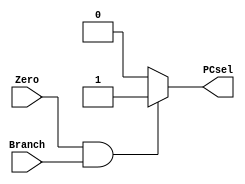
`timescale 1ns / 1ps
//////////////////////////////////////////////////////////////////////////////////
// Company: 
// Engineer: 
// 
// Design Name: 
// Module Name: PCsel
// Project Name: 
// Target Devices: 
// Tool Versions: 
// Description: 
// 
// Dependencies: 
// 
// Revision:
// Revision 0.01 - File Created
// Additional Comments:
// 
//////////////////////////////////////////////////////////////////////////////////


module PCsel(Zero, Branch, PCsel);
input Zero, Branch;
output reg PCsel; 
always@(*) begin
if (Zero == 1'b1 && Branch == 1'b1)
PCsel <= 1'b1;
else
PCsel <= 1'b0;
end
endmodule